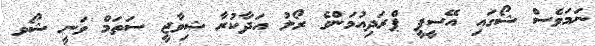
ނަމަވެސް ޝޯގައި އޭސީޕީ ޕްރަދިއުމަންގެ ރޯލު އަދާކުރާ ޝިވާޖީ ސަތަމް ވަނީ ޝޯވ